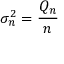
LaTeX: \sigma _ { n } ^ { 2 } = { \frac { Q _ { n } } { n } }